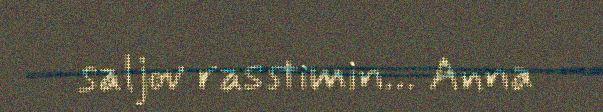
saljov rasstimin… Anna